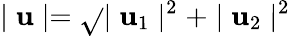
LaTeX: \mid\mathbf{u}\mid=\sqrt{}{{\mid\mathbf{u}_{1}\mid^{2}+\mid\mathbf{u}_{2}\mid^{2}}}